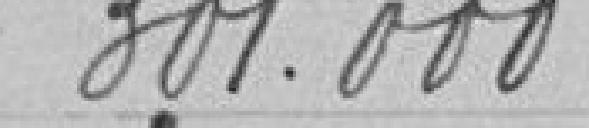
301.000